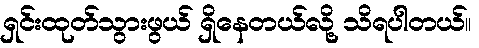
ရှင်းထုတ်သွားဖွယ် ရှိနေတယ်လို့ သိရပါတယ်။